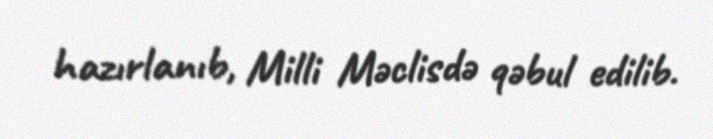
hazırlanıb, Milli Məclisdə qəbul edilib.